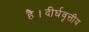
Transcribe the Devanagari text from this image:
है।दीर्घवृत्तीय